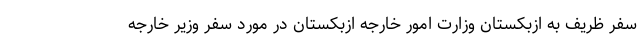
سفر ظریف به ازبکستان وزارت امور خارجه ازبکستان در مورد سفر وزیر خارجه